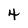
Character: 4